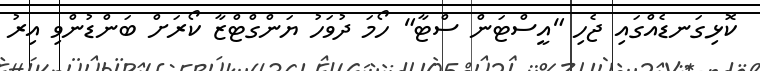
ކޮޅިގަނޑެއްގައި ޖެހި "އީސްޓަން ސްޓާ" ހޯމަ ދުވަހު ޔަންގްޓްޒާ ކޯރަށް ބަންޑުންވި އިރު